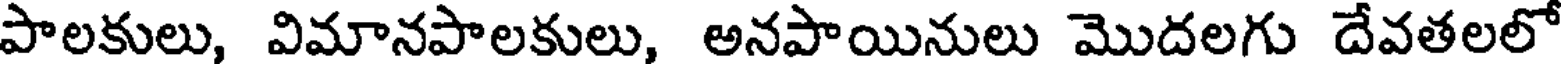
పాలకులు, విమానపాలకులు, అనపాయినులు మొదలగు దేవతలలో